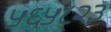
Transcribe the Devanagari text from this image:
५६५८२३